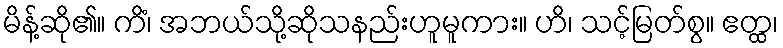
မိန့်ဆို၏။ ကိံ၊ အဘယ်သို့ဆိုသနည်းဟူမူကား။ ဟိ၊ သင့်မြတ်စွ။ ဧတ္ထ၊